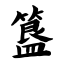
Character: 簋